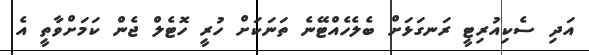
އަދި ސެކިއުރިޓީ ރަނގަޅަށް ބެލެހެއްޓޭނެ ތަނަކަށް ހުރީ ހޮޓެލް ޖެން ކަމަށްވާތީ އެ